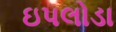
ઇપલોડા